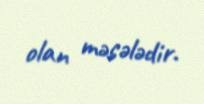
olan məsələdir.